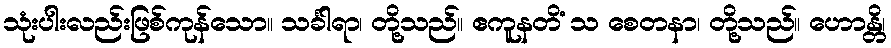
သုံးပါးလည်းဖြစ်ကုန်သော။ သင်္ခါရာ၊ တို့သည်။ ဧကူနတိံ သ စေတနာ၊ တို့သည်။ ဟောန္တိ၊